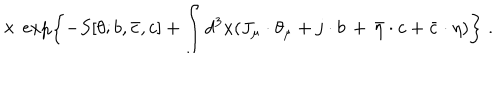
LaTeX: \times \, \exp \left\{ - S [ \theta ; b , { \bar { c } } , c ] + \int d ^ { 3 } x ( J _ { \mu } \cdot \theta _ { \mu } + j \cdot b \, + \, { \bar { \eta } } \cdot c + { \bar { c } } \cdot \eta ) \right\} \; .